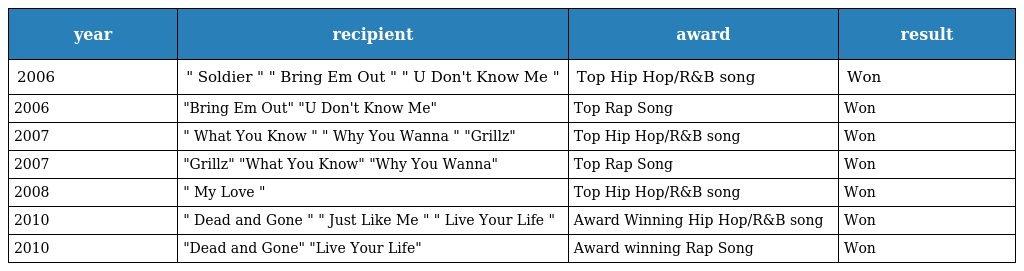
| year | recipient | award | result |
 | --- | --- | --- | --- |
 | 2006 | " Soldier " " Bring Em Out " " U Don't Know Me " | Top Hip Hop/R&B song | Won |
 | 2006 | "Bring Em Out" "U Don't Know Me" | Top Rap Song | Won |
 | 2007 | " What You Know " " Why You Wanna " "Grillz" | Top Hip Hop/R&B song | Won |
 | 2007 | "Grillz" "What You Know" "Why You Wanna" | Top Rap Song | Won |
 | 2008 | " My Love " | Top Hip Hop/R&B song | Won |
 | 2010 | " Dead and Gone " " Just Like Me " " Live Your Life " | Award Winning Hip Hop/R&B song | Won |
 | 2010 | "Dead and Gone" "Live Your Life" | Award winning Rap Song | Won |